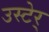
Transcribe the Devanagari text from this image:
उस्टेर्